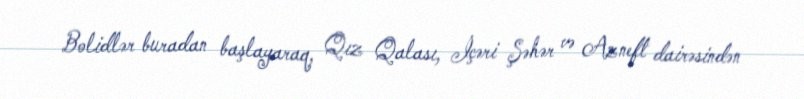
Bolidlər buradan başlayaraq, Qız Qalası, İçəri Şəhər və Azneft dairəsindən